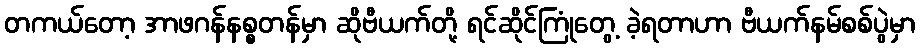
တကယ်တော့ အာဖဂန်နစ္စတန်မှာ ဆိုဗီယက်တို့ ရင်ဆိုင်ကြုံတွေ့ ခဲ့ရတာဟာ ဗီယက်နမ်စစ်ပွဲမှာ